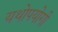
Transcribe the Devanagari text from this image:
यथोपयोगी